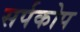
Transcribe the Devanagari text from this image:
सर्पकोप